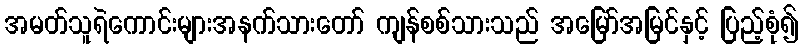
အမတ်သူရဲကောင်းများအနက်သားတော် ကျန်စစ်သားသည် အမြော်အမြင်နှင့် ပြည့်စုံ၍